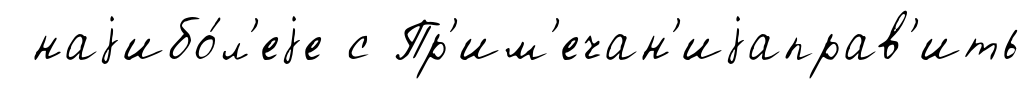
наjибо́л'еjе с Пр'им'ечан'иjаправ'ить